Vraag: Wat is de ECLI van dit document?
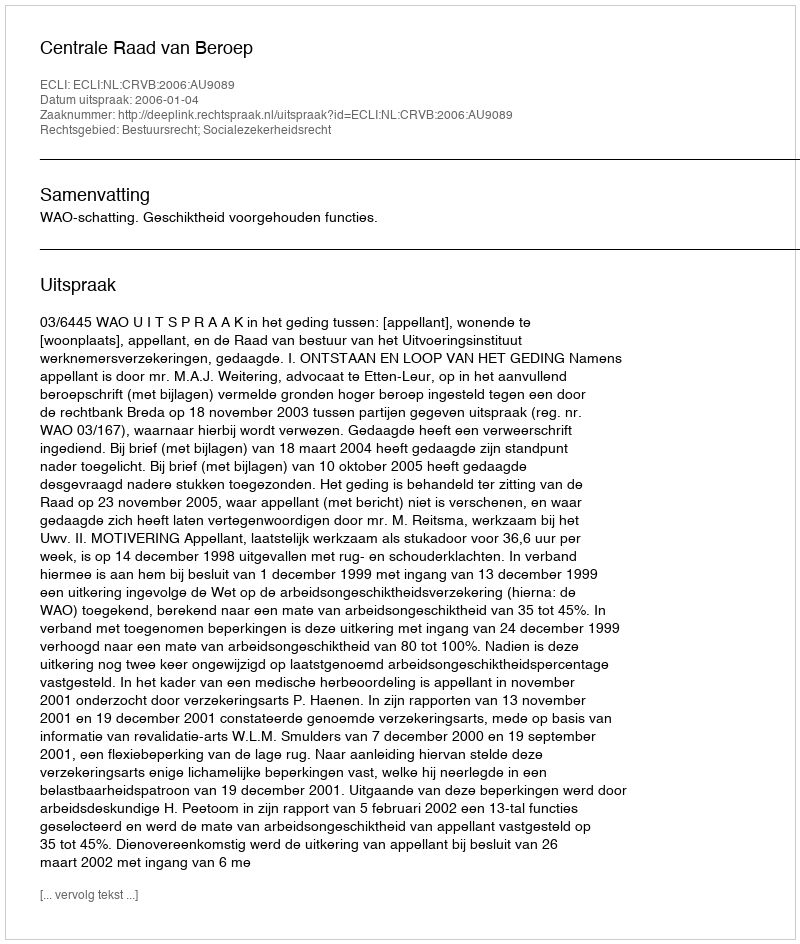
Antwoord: ECLI:NL:CRVB:2006:AU9089